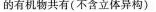
的有机物共有(不含立体异构)